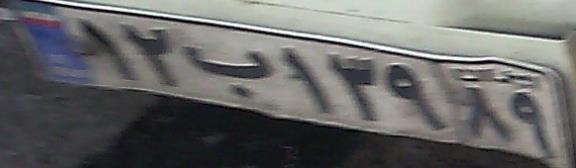
۱۲ب۱۳۹۸۹